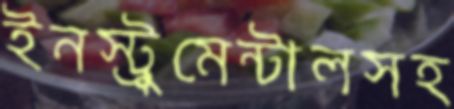
ইনস্ট্রুমেন্টালসহ